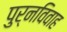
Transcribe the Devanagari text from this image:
पुर्नविवाह